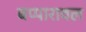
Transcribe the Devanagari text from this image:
बप्पारावल